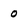
Character: 0